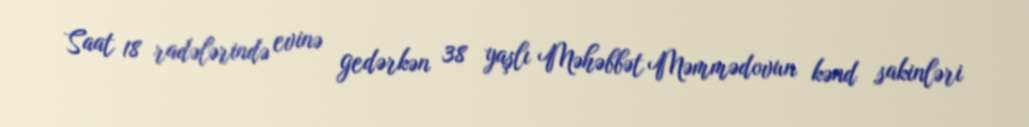
Saat 18 radələrində evinə gedərkən 38 yaşlı Məhəbbət Məmmədovun kənd sakinləri